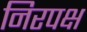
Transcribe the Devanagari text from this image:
निरपक्ष